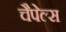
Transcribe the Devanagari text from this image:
चैपेल्स